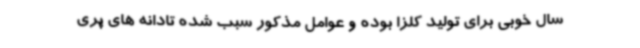
سال خوبی برای تولید کلزا بوده و عوامل مذکور سبب شده تادانه های پری